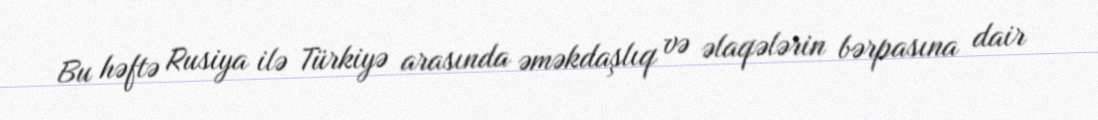
Bu həftə Rusiya ilə Türkiyə arasında əməkdaşlıq və əlaqələrin bərpasına dair